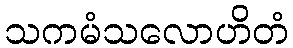
သကမံသလောဟိတံ